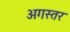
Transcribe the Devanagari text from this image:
अगस्तर